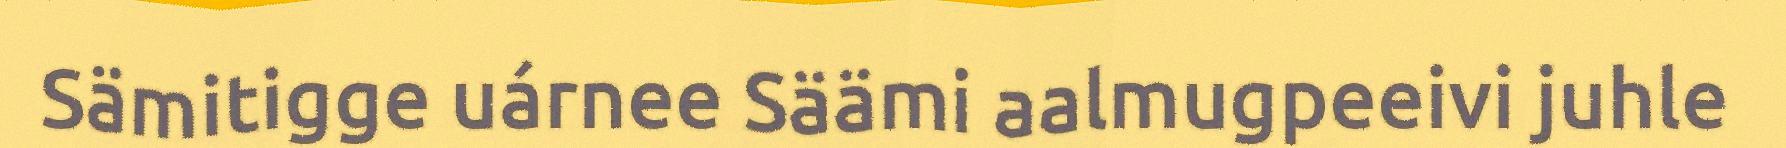
Sämitigge uárnee Säämi aalmugpeeivi juhle